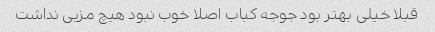
قبلا خیلی بهتر بود جوجه کباب اصلا خوب نبود هیچ مزیی نداشت